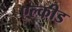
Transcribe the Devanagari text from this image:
एल्कीड